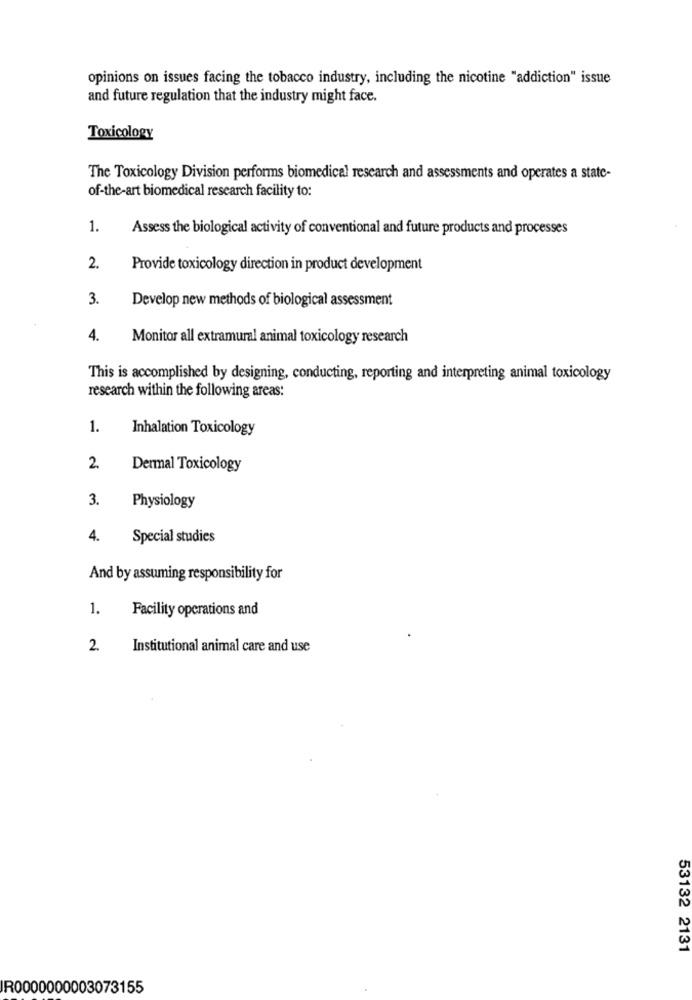
opinions on issues facing the tobacco industry, including the nicotine "addiction" issue
and future regulation that the industry might face.
Toxicology
The Toxicology Division performs biomedical research and assessments and operates a state-
of-the-art biomedical research facility to:
1.
Assess the biological activity of conventional and future products and processes
2.
Provide toxicology direction in product development
3.
Develop new methods of biological assessment
4.
Monitor all extramural animal toxicology research
This is accomplished by designing, conducting, reporting and interpreting animal toxicology
research within the following areas:
1.
Inhalation Toxicology
2.
Dermal Toxicology
3.
Physiology
4.
Special studies
And by assuming responsibility for
1.
Facility operations and
2.
Institutional animal care and use
53132 2131
IR0000000003073155